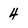
Character: 4